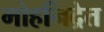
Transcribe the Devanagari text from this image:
मोहनिद्रेत